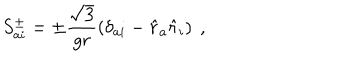
S _ { a i } ^ { \pm } = \pm \frac { \sqrt { 3 } } { g r } \left( \delta _ { a i } - \hat { r } _ { a } \hat { r } _ { i } \right) ~ ,